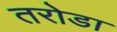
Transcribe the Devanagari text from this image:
तरोडा